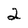
Character: 2